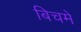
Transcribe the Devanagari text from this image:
बिचमे